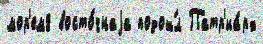
мор'ем8 восто́чнаjа подош́л Патр'иа́рх